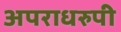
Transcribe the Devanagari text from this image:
अपराधरुपी